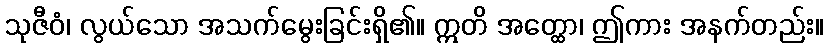
သုဇီဝံ၊ လွယ်သော အသက်မွေးခြင်းရှိ၏။ ဣတိ အတ္ထော၊ ဤကား အနက်တည်း။